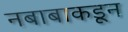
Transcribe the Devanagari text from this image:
नबाबाकडून